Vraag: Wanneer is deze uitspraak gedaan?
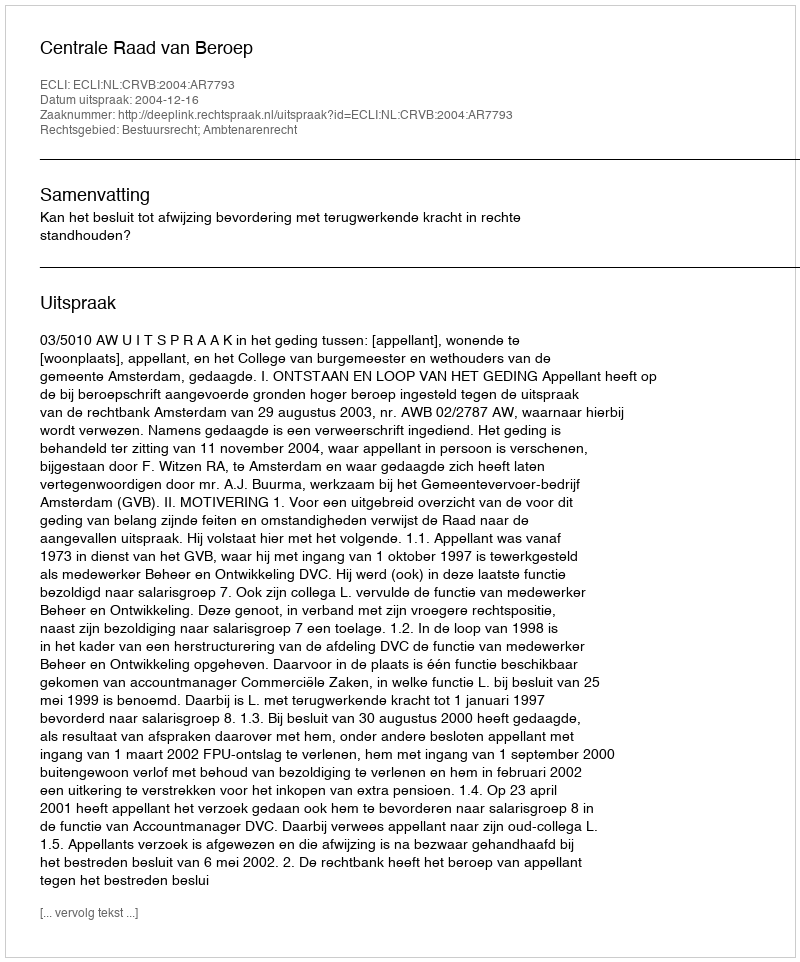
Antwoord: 2004-12-16